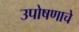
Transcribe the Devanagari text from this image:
उपोषणाचे